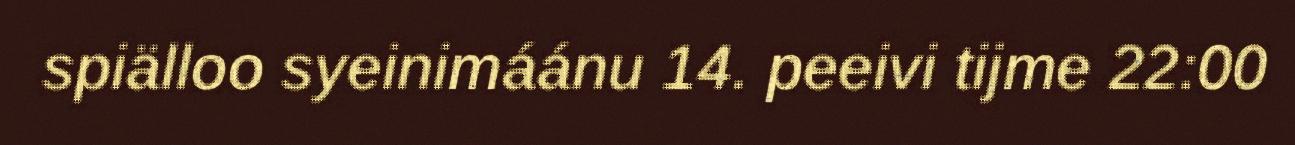
spiälloo syeinimáánu 14. peeivi tijme 22:00